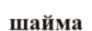
шайма